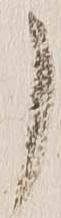
了